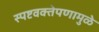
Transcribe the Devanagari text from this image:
स्पष्टवक्तेपणामुळे